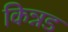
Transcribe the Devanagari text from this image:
किन्नड